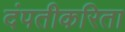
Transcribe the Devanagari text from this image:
दंपतीकरिता